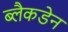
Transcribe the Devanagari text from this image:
ब्लैकडेन